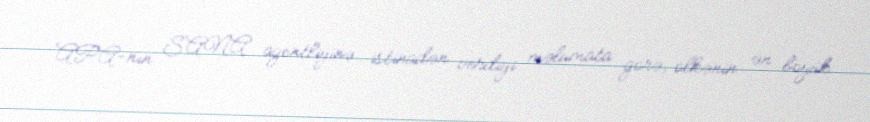
APA-nın SANA agentliyinə istinadən verdiyi məlumata görə, ölkənin ən böyük